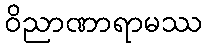
ဝိညာဏာရာမဿ